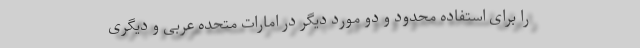
را برای استفاده محدود و دو مورد دیگر در امارات متحده عربی و دیگری